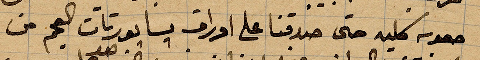
صعود كليه حتى صدقنا على أوراق بسابورتات العجم من